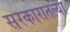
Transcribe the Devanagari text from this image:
सरकारातल्या